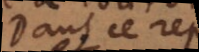
Dans ce rep